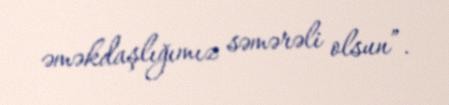
əməkdaşlığımız səmərəli olsun”.